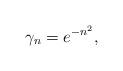
LaTeX: \begin{align*}\gamma_n = e^{-n^2},\end{align*}